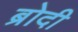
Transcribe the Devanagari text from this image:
ब्रोदी